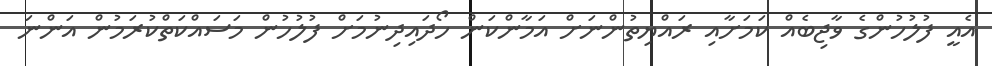
އެއީ ފުލުހުންގެ ވާޖިބެއް ކަމަށާއި ރައްޔިތުންނަށް އަމާންކަން ހޯދައިދިނުމަށް ފުލުހުން މަސައްކަތްކުރަމުން އަންނަ